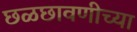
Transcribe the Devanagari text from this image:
छळछावणीच्या